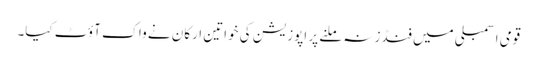
قومی اسمبلی میں فنڈز نہ ملنے پر اپوزیشن کی خواتین ارکان نے واک آؤٹ کیا۔